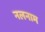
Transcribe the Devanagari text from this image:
नलनाम